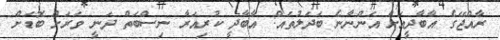
ރާއްޖޭގެ އާބާދީއަށް އަންނާނެ ބަދަލުތައް: އާބާދީ ކުރިއަރާ ނިސްބަތް ދަނީ ވަރަށް ބޮޑަށް